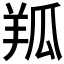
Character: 𦍳